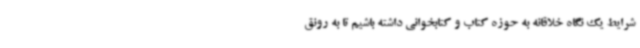
شرایط یک نگاه خلاقانه به حوزه کتاب و کتابخوانی داشته باشیم تا به رونق